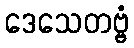
ဒေသေတဗ္ဗံ